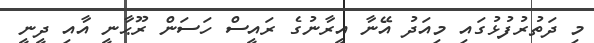
މި ދަތުރުފުޅުގައި މިއަދު އޭނާ އީރާނުގެ ރައީސް ހަސަން ރޫޙާނީ އާއި ދީނީ